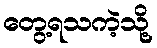
တွေ့ရသကဲ့သို့